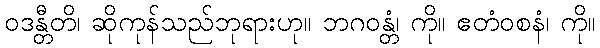
ဝဒန္တီတိ၊ ဆိုကုန်သည်ဘုရားဟု။ ဘဂဝန္တံ၊ ကို။ ဧတံဝစနံ၊ ကို။